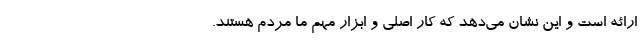
ارائه است و این نشان می‌دهد که کار اصلی و ابزار مهم ما مردم هستند.